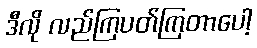
ဒီလို လည်ကြပတ်ကြတာပေါ့